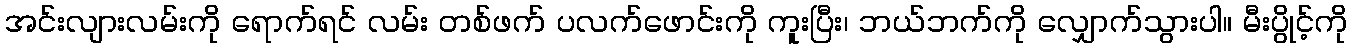
အင်းလျားလမ်းကို ရောက်ရင် လမ်း တစ်ဖက် ပလက်ဖောင်းကို ကူးပြီး၊ ဘယ်ဘက်ကို လျှောက်သွားပါ။ မီးပွိုင့်ကို